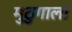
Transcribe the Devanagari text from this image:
मुठुगाला